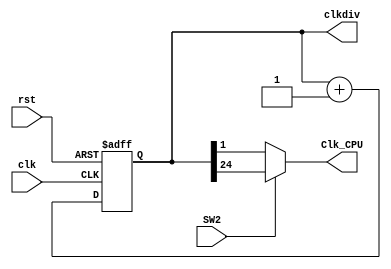
`timescale 1ns / 1ps
module clk_div(input clk,
					input rst,
					input SW2,
					output reg[31:0]clkdiv,
					output Clk_CPU
					);
					
// Clock divider-


	always @ (posedge clk or posedge rst) begin 
		if (rst) clkdiv <= 0; else clkdiv <= clkdiv + 1'b1; end
		
	assign Clk_CPU=(SW2)? clkdiv[24] : clkdiv[1];
		
endmodule